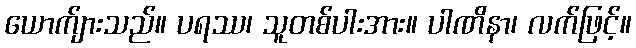
ယောက်ျားသည်။ ပရဿ၊ သူတစ်ပါးအား။ ပါဏိနာ၊ လက်ဖြင့်။